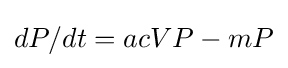
dP/dt=acVP-mP